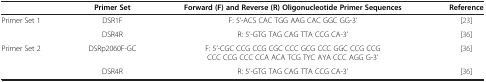
<table><thead><tr><td><b> </b></td><td><b>Primer Set</b></td><td><b>Forward (F) and Reverse (R) Oligonucleotide Primer Sequences</b></td><td><b>Reference</b></td></tr></thead><tbody><tr><td rowspan="2">Primer Set 1</td><td>DSR1F</td><td>F: 5’-ACS CAC TGG AAG CAC GGC GG-3’</td><td>[23]</td></tr><tr><td>DSR4R</td><td>R: 5’-GTG TAG CAG TTA CCG CA-3’</td><td>[36]</td></tr><tr><td rowspan="2">Primer Set 2</td><td>DSRp2060F-GC</td><td>F: 5’-CGC CCG CCG CGC CCC GCG CCC GGC CCG CCG CCC CCG CCC CCA ACA TCG TYC AYA CCC AGG G-3’</td><td>[36]</td></tr><tr><td>DSR4R</td><td>R: 5’-GTG TAG CAG TTA CCG CA-3’</td><td>[36]</td></tr></tbody></table>